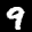
Label: 9